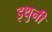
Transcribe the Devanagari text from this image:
इथुनी